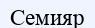
Семияр